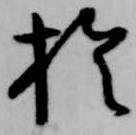
於